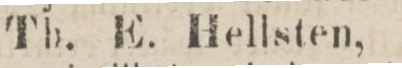
Th. E. Hellsten,